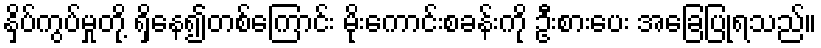
နှိပ်ကွပ်မှုတို့ ရှိနေ၍တစ်ကြောင်း မိုးကောင်းစခန်းကို ဦးစားပေး အခြေပြုရသည်။